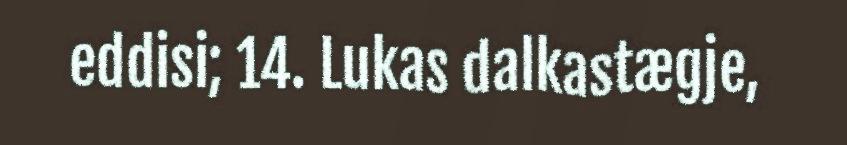
eddisi; 14. Lukas dalkastægje,